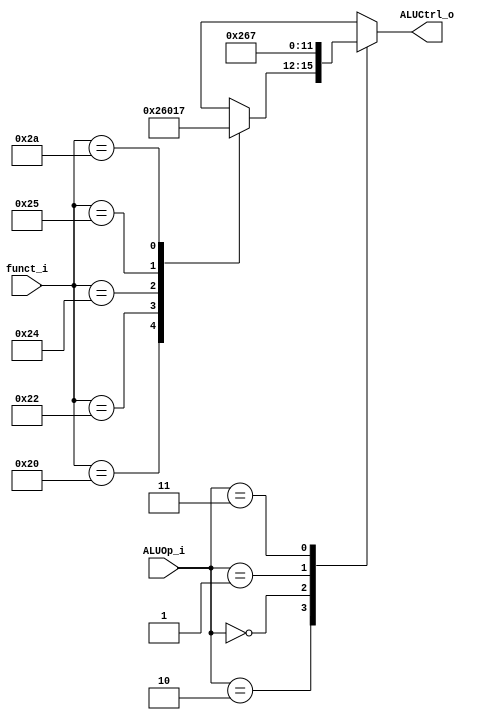
// 109550182

module ALU_Ctrl (funct_i, ALUOp_i, ALUCtrl_o);
          
//I/O ports 
input  [6-1:0] funct_i;
input  [2-1:0] ALUOp_i;
output reg  [4-1:0] ALUCtrl_o;    

//Select exact operation
always @(*) begin
    case (ALUOp_i)
        // R-Type
        2'b10:
            case (funct_i)
                6'b100000: ALUCtrl_o <= 4'b0010;  // Add
                6'b100010: ALUCtrl_o <= 4'b0110;  // Subtract
                6'b100100: ALUCtrl_o <= 4'b0000;  // And
                6'b100101: ALUCtrl_o <= 4'b0001;  // Or
                6'b101010: ALUCtrl_o <= 4'b0111;  // Set Less Than
                default:   ALUCtrl_o <= 4'bxxxx;
            endcase
        2'b00:   ALUCtrl_o <= 4'b0010;  // Add for addi, lw, sw
        2'b01:   ALUCtrl_o <= 4'b0110;  // Subtract for beq
        2'b11:   ALUCtrl_o <= 4'b0111;  // Set Less Than for slti
        default:  ALUCtrl_o <= 4'bxxxx;
    endcase
end

endmodule